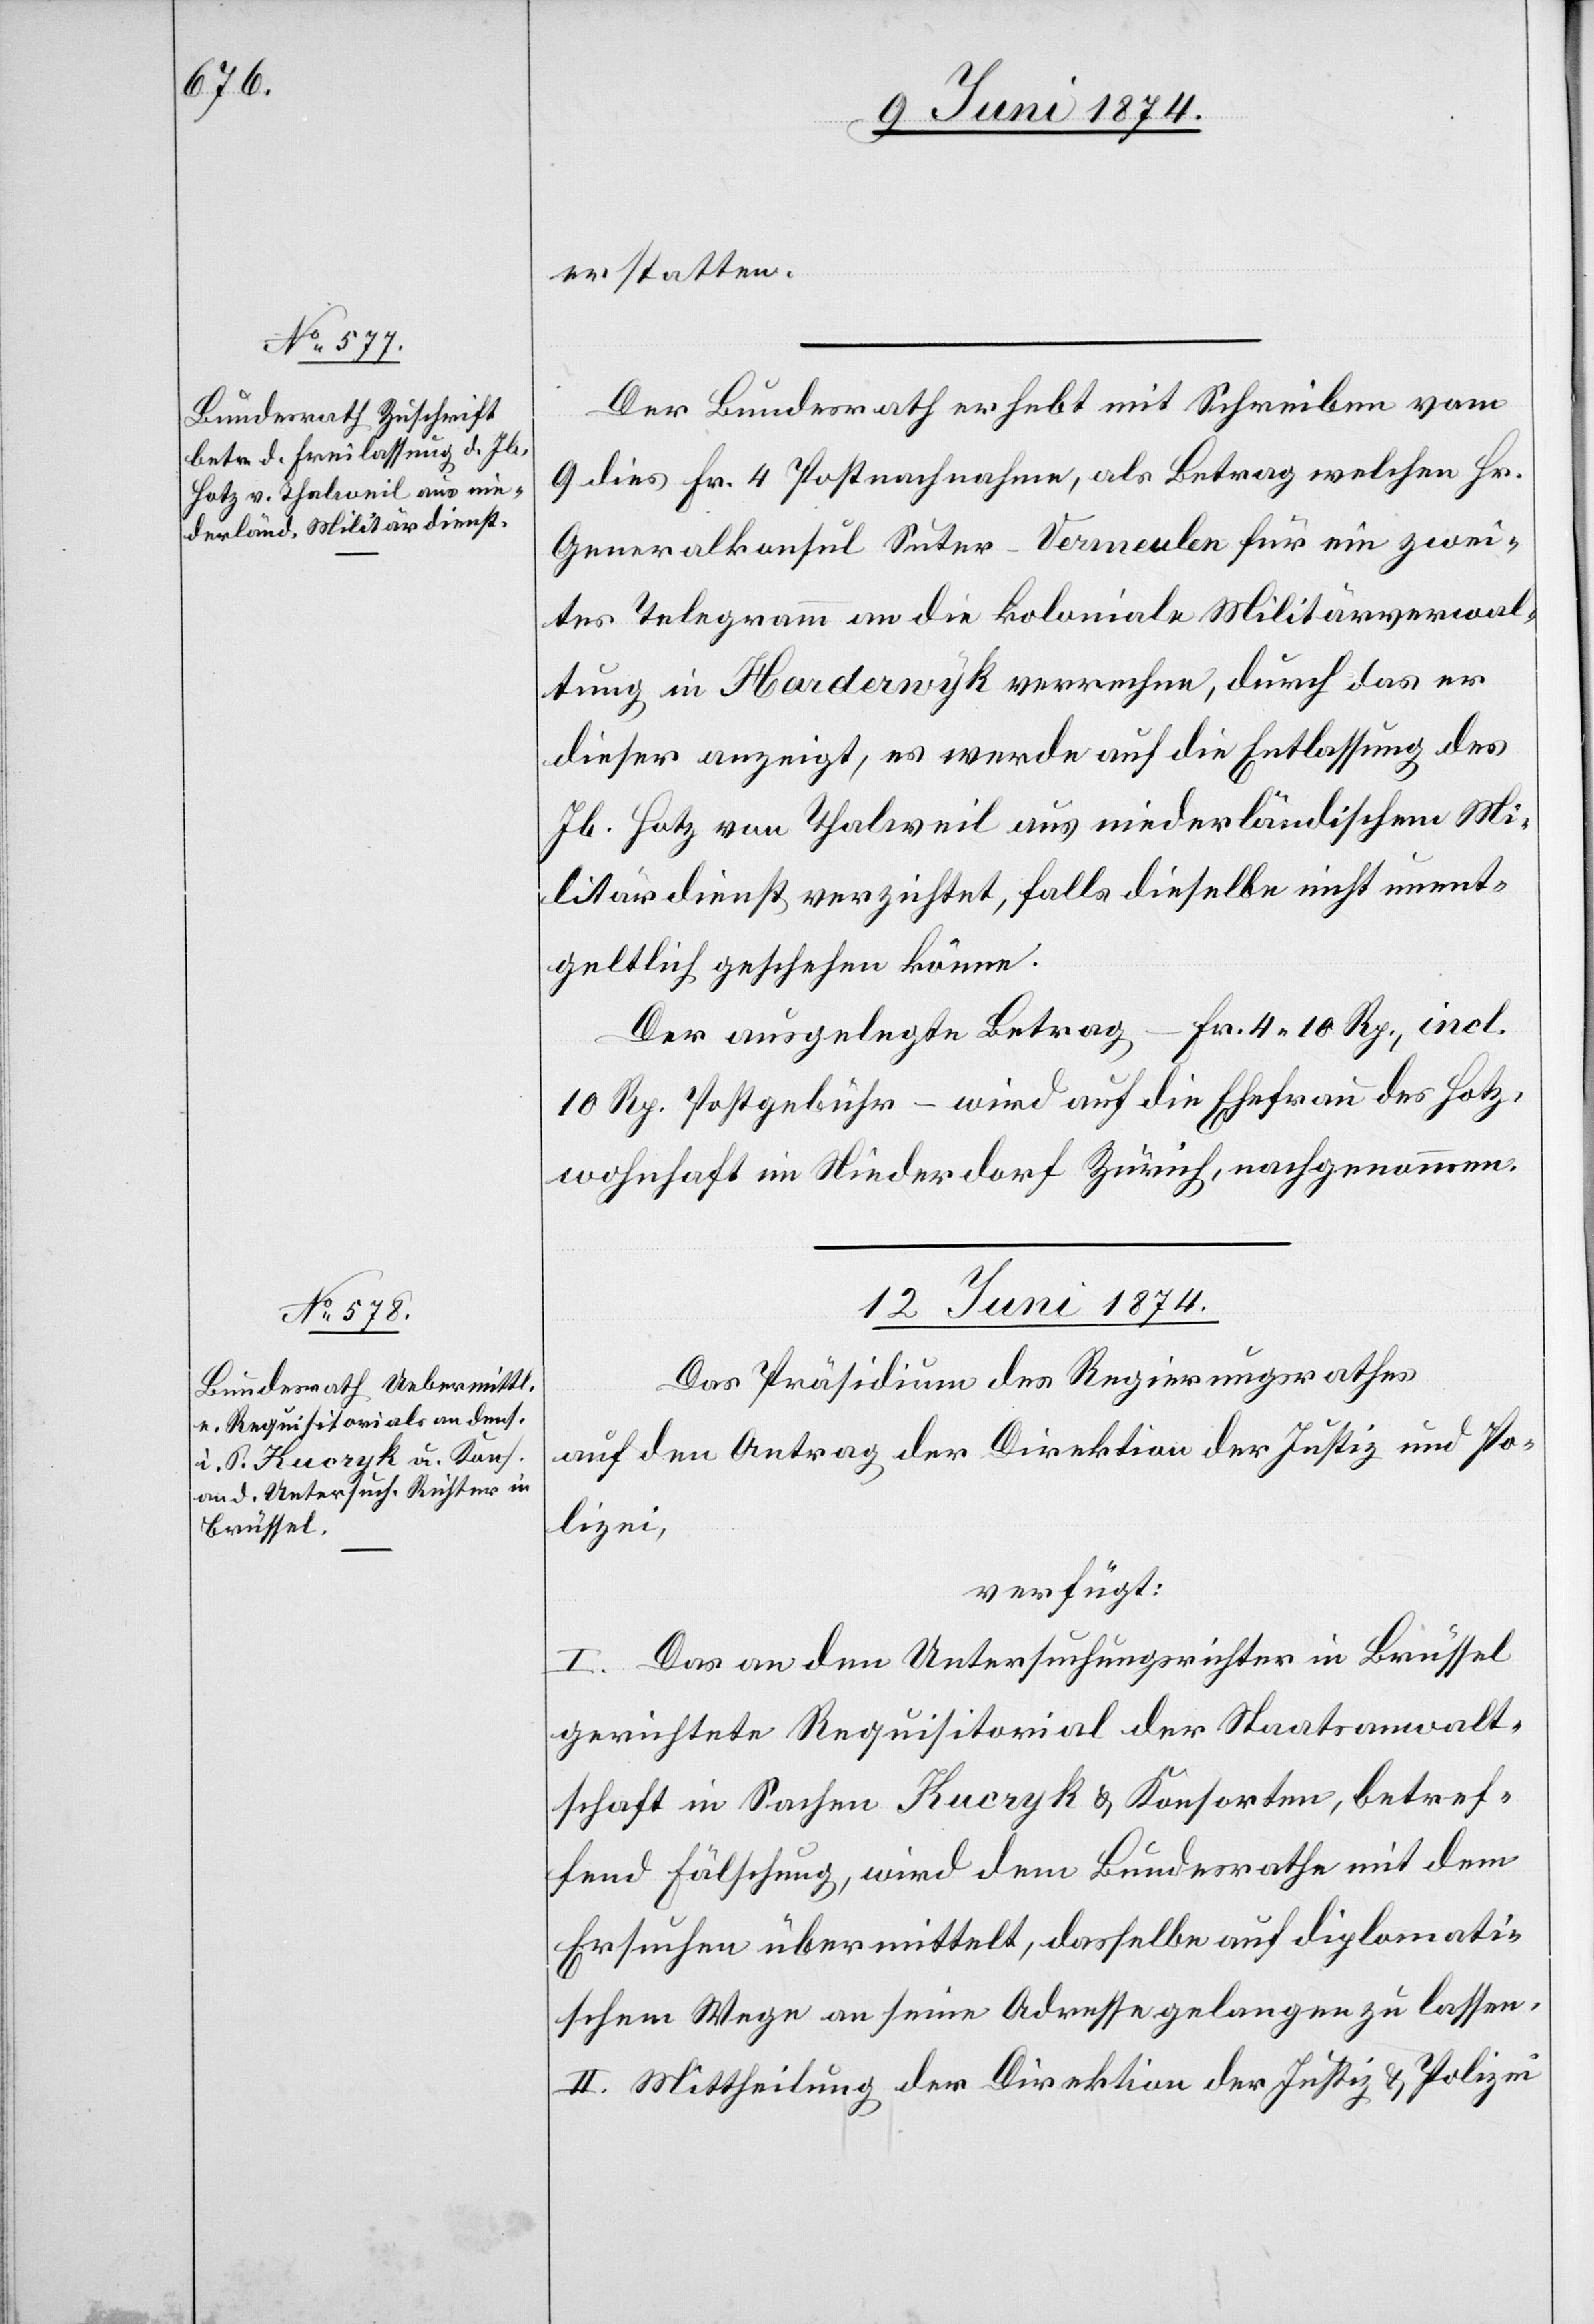
erstatten.
Der Bundesrath erhebt mit Schreiben vom
9. dies Fr. 4 Postnachnahme, als Betrag welchen Hr.
Generalkonsul Suter-Vermeulen für ein zwei¬
tes Telegramm an die koloniale Militärverwal¬
tung in Harderwyk verrechne, durch das er
dieser anzeigt, es werde auf die Entlassung des
Jb. Hotz von Thalweil aus niederländischem Mi¬
litärdienst verzichtet, falls dieselbe nicht unent¬
geltlich geschehen könne.
Der ausgelegte Betrag – Fr. 4.10 Rp., incl.
10 Rp. Postgebühr – wird auf die Ehefrau des Hotz,
wohnhaft im Niederdorf Zürich, nachgenommen.
12. Juni 1874.
Das Präsidium des Regierungsrathes
auf den Antrag der Direktion der Justiz und Po¬
lizei,
verfügt:
I. Das an den Untersuchungsrichter in Brüssel
gerichtete Requisitorial der Staatsanwalt¬
schaft in Sache Kucryk u. Konsorten, betref¬
fend Fälschung, wird dem Bundesrathe mit dem
Ersuchen übermittelt, dasselbe auf diplomati¬
schem Wege an seine Adresse gelangen zu lassen.
II. Mittheilung der Direktion der Justiz u. Polizei